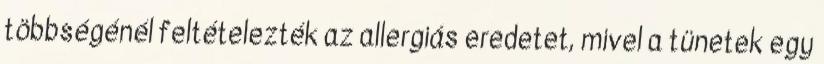
többségénél feltételezték az allergiás eredetet, mivel a tünetek egy